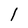
Character: l